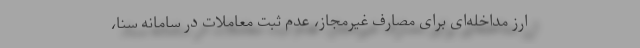
ارز مداخله‌ای برای مصارف غیرمجاز، عدم ثبت معاملات در سامانه سنا،